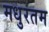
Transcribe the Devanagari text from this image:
मधुरतम